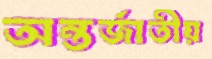
অন্তর্জাতীয়